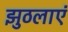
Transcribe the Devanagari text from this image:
झुठलाएं